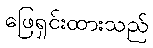
ဖြေရှင်းထားသည်